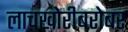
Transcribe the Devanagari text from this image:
लाचखोरीबरोबर